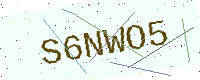
Text: S6NWO5